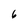
Character: 6